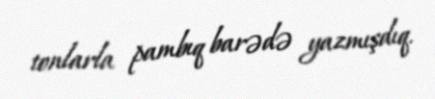
tonlarla pambıq barədə yazmışdıq.